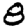
Digit: 8